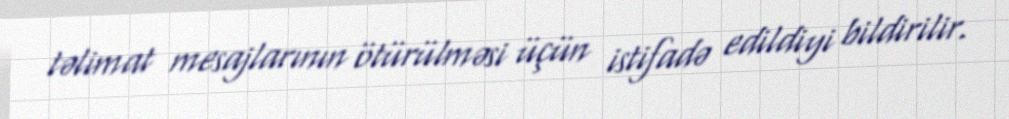
təlimat mesajlarının ötürülməsi üçün istifadə edildiyi bildirilir.